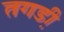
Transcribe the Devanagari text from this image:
तगडी़